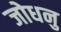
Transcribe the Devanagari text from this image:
जोधनु